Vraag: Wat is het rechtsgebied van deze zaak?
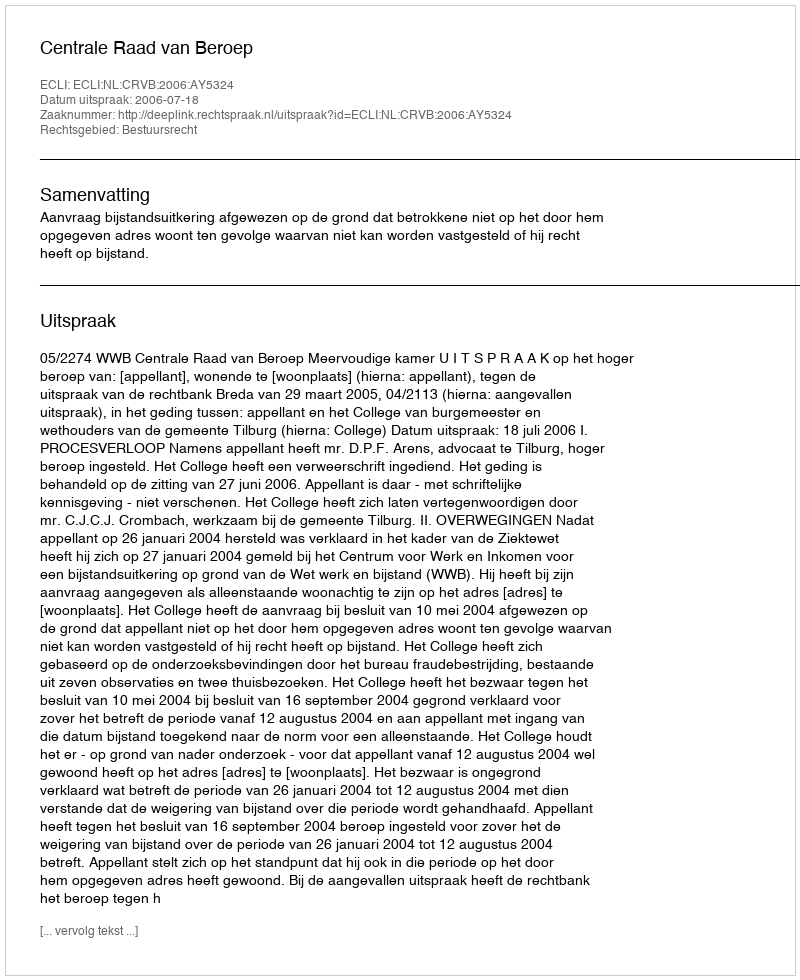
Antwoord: Bestuursrecht